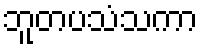
ဘူတပသံသကာ